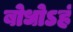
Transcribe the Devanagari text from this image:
बोधोऽहं